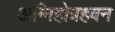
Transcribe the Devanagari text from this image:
अग्निहोत्रहवन